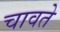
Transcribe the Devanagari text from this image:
चावते